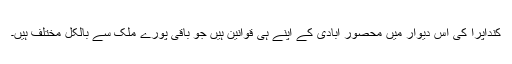
کنداپرا کی اس دیوار میں محصور آبادی کے اپنے ہی قوانین ہیں جو باقی پورے ملک سے بالکل مختلف ہیں۔